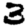
Digit: 3